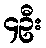
၄ဦး